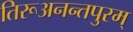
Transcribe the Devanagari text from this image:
तिरूअनन्तपुरम्